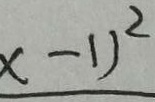
( x - 1 ) ^ { 2 }